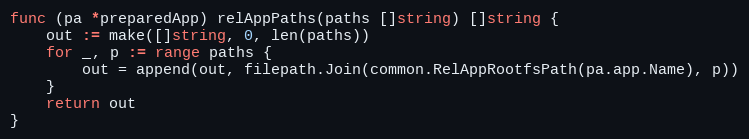
Language: Go
func (pa *preparedApp) relAppPaths(paths []string) []string {
	out := make([]string, 0, len(paths))
	for _, p := range paths {
		out = append(out, filepath.Join(common.RelAppRootfsPath(pa.app.Name), p))
	}
	return out
}